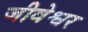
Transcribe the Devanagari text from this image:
जीवेश्वर